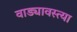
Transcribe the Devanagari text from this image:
वाड्यावस्त्या